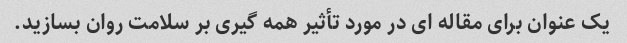
یک عنوان برای مقاله ای در مورد تأثیر همه گیری بر سلامت روان بسازید.